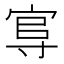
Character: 𡬮